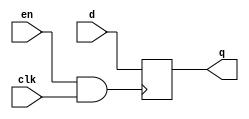
module d_ff_gate(input d,input clk, input en, output reg q);
  wire gclk;
 assign  gclk = en & clk;
  always @(posedge gclk)
  begin
    q <=d;
  end
endmodule